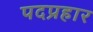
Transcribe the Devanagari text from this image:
पदप्रहार